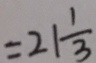
= 2 1 \frac { 1 } { 3 }